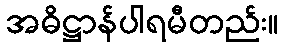
အဓိဋ္ဌာန်ပါရမီတည်း။